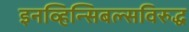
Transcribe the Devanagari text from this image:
इनव्हिन्सिबल्सविरुद्ध